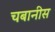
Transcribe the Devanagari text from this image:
चबानीस